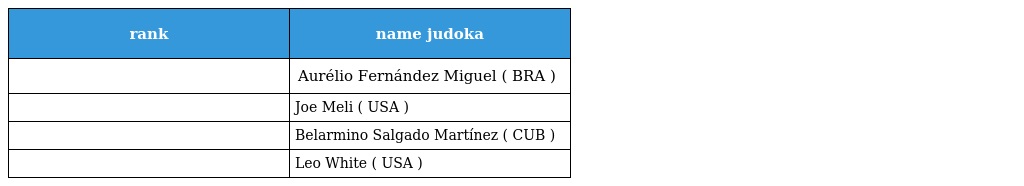
| rank | name judoka |
 | --- | --- |
 |  | Aurélio Fernández Miguel ( BRA ) |
 |  | Joe Meli ( USA ) |
 |  | Belarmino Salgado Martínez ( CUB ) |
 |  | Leo White ( USA ) |